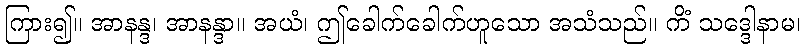
ကြား၍။ အာနန္ဒ၊ အာနန္ဒာ။ အယံ၊ ဤခေါက်ခေါက်ဟူသော အသံသည်။ ကိံ သဒ္ဒေါနာမ၊